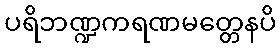
ပရိဘဏ္ဍကရဏမတ္တေနပိ